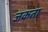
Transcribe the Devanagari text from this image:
जकता